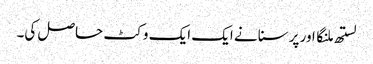
لستھ ملنگا اور پرسنا نے ایک ایک وکٹ حاصل کی۔